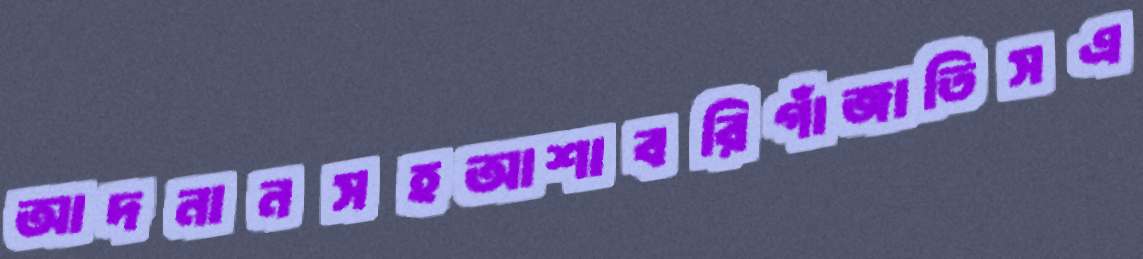
আদনানসহআশাবরিগাঁজাতিসএ